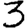
Digit: 3